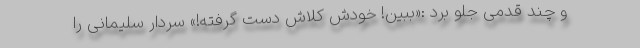
و چند قدمی جلو برد :«ببین! خودش کلاش دست گرفته!» سردار سلیمانی را